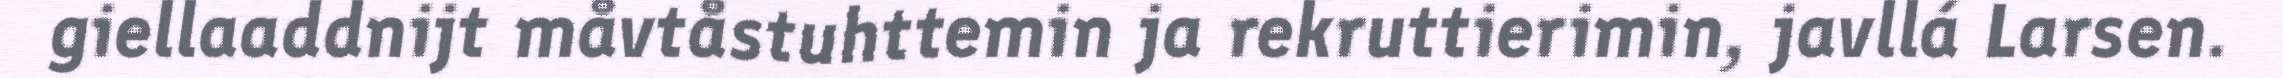
giellaaddnijt måvtåstuhttemin ja rekruttierimin, javllá Larsen.